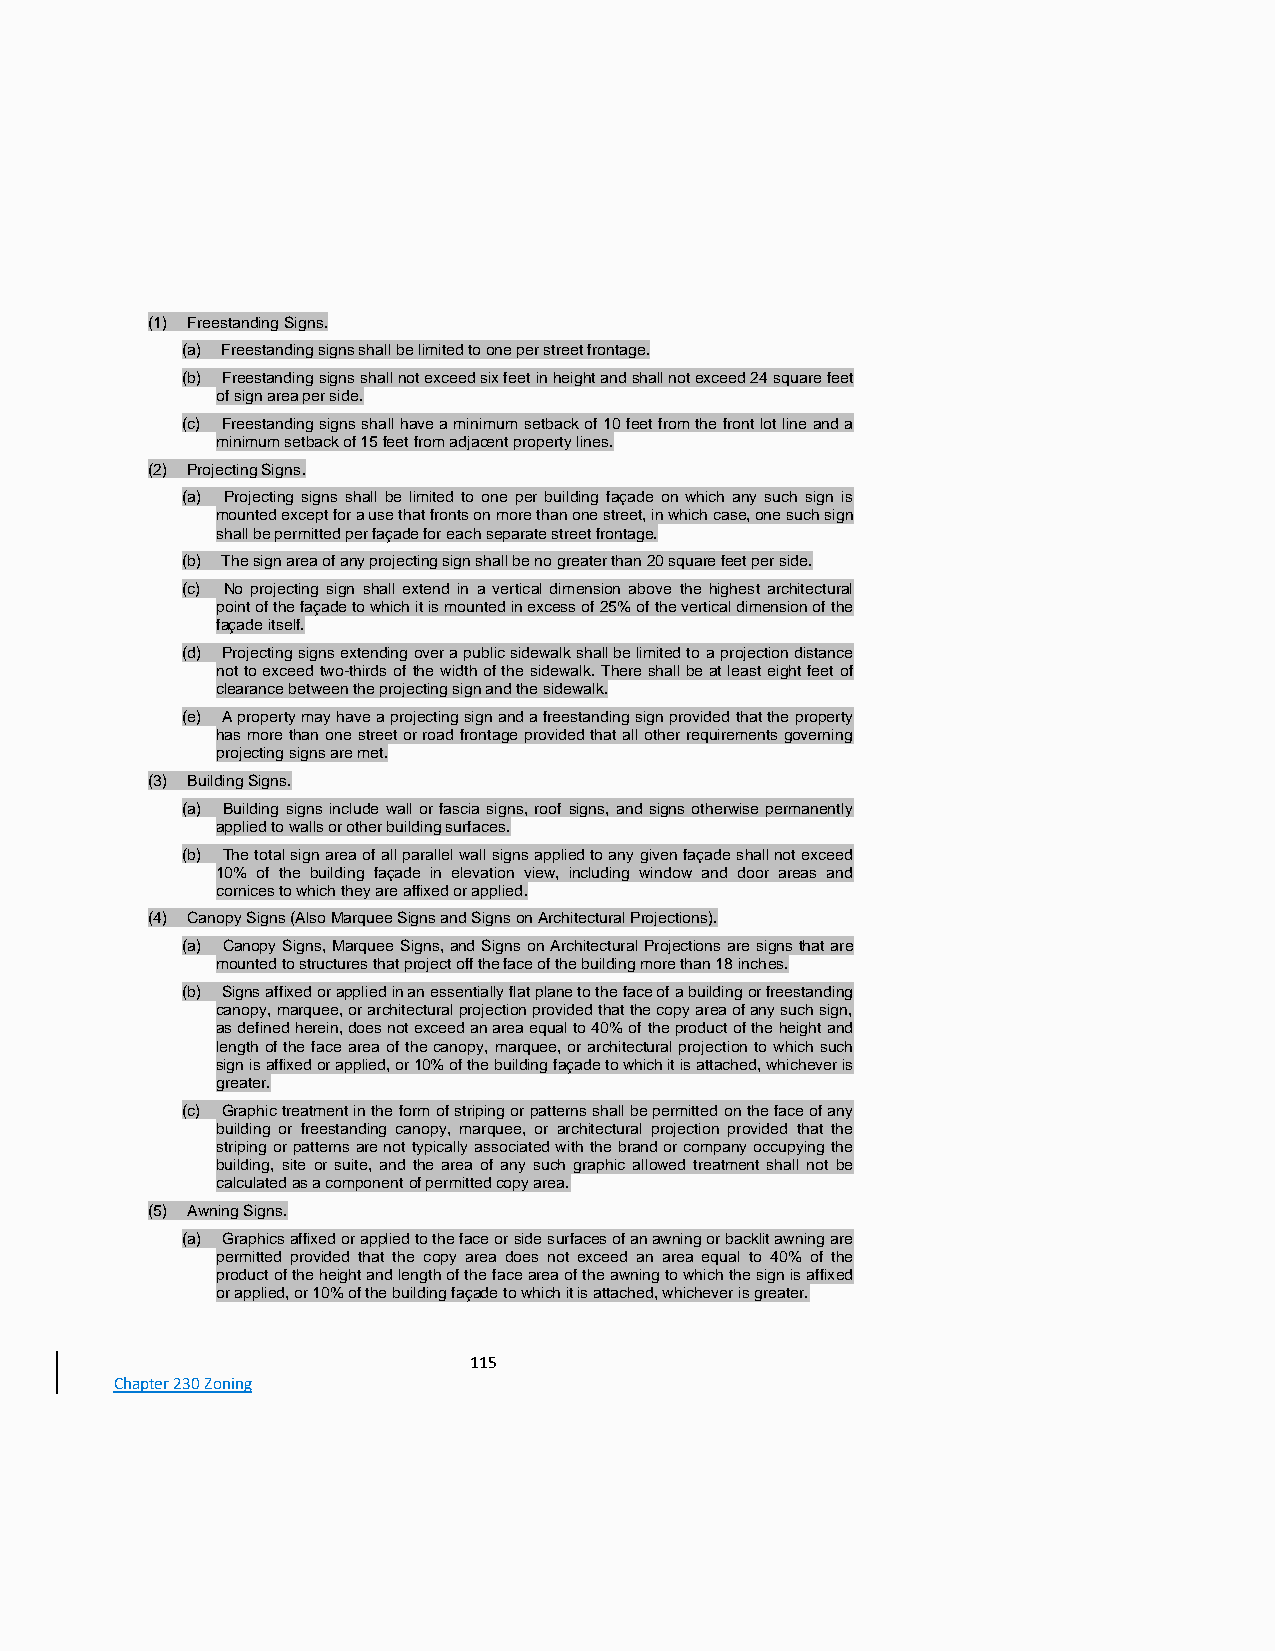
(1) Freestanding Signs.
 (a) Freestanding signs shall be limited to one per street frontage.
 (b) Freestanding signs shall not exceed six feet in height and shall not exceed 24 square feet
 of sign area per side.
 (c) Freestanding signs shall have a minimum setback of 10 feet from the front lot line and a
 minimum setback of 15 feet from adjacent property lines.
 (2) Projecting Signs.
 (a) Projecting signs shall be limited to one per building façade on which any such sign is
 mounted except for a use that fronts on more than one street, in which case, one such sign
 shall be permitted per façade for each separate street frontage.
 (b) The sign area of any projecting sign shall be no greater than 20 square feet per side.
 (c) No projecting sign shall extend in a vertical dimension above the highest architectural
 point of the façade to which it is mounted in excess of 25% of the vertical dimension of the
 façade itself.
 (d) Projecting signs extending over a public sidewalk shall be limited to a projection distance
 not to exceed two-thirds of the width of the sidewalk. There shall be at least eight feet of
 clearance between the projecting sign and the sidewalk.
 (e) A property may have a projecting sign and a freestanding sign provided that the property
 has more than one street or road frontage provided that all other requirements governing
 projecting signs are met.
 (3) Building Signs.
 (a) Building signs include wall or fascia signs, roof signs, and signs otherwise permanently
 applied to walls or other building surfaces.
 (b) The total sign area of all parallel wall signs applied to any given façade shall not exceed
 10% of the building façade in elevation view, including window and door areas and
 cornices to which they are affixed or applied.
 (4) Canopy Signs (Also Marquee Signs and Signs on Architectural Projections).
 (a) Canopy Signs, Marquee Signs, and Signs on Architectural Projections are signs that are
 mounted to structures that project off the face of the building more than 18 inches.
 (b) Signs affixed or applied in an essentially flat plane to the face of a building or freestanding
 canopy, marquee, or architectural projection provided that the copy area of any such sign,
 as defined herein, does not exceed an area equal to 40% of the product of the height and
 length of the face area of the canopy, marquee, or architectural projection to which such
 sign is affixed or applied, or 10% of the building façade to which it is attached, whichever is
 greater.
 (c) Graphic treatment in the form of striping or patterns shall be permitted on the face of any
 building or freestanding canopy, marquee, or architectural projection provided that the
 striping or patterns are not typically associated with the brand or company occupying the
 building, site or suite, and the area of any such graphic allowed treatment shall not be
 calculated as a component of permitted copy area.
 (5) Awning Signs.
 (a) Graphics affixed or applied to the face or side surfaces of an awning or backlit awning are
 permitted provided that the copy area does not exceed an area equal to 40% of the
 product of the height and length of the face area of the awning to which the sign is affixed
 or applied, or 10% of the building façade to which it is attached, whichever is greater.
 115
 Chapter 230 Zoning